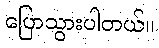
ပြောသွားပါတယ်။